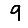
Digit: 9